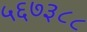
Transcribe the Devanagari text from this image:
५६७३८८